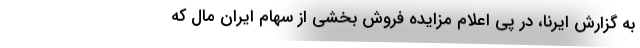
به گزارش ایرنا، در پی اعلام مزایده فروش بخشی از سهام ایران مال که